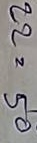
22 = 50